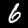
Digit: 6